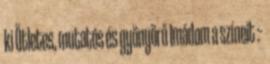
ki Ötletes, mutatós és gyönyörű Imádom a színeit :-